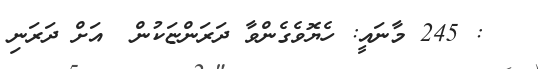
: 245 މާނައީ: ހެޔޮވެގެންވާ ދަރަންޏަކުން  އަށް ދަރަނި